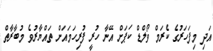
އަދި މިފަހަރުގެ ކެރަމް ވޯލްޑް ކަޕަށް އޭނާ ހުރީ ފުރިހަމައަށް ތައްޔާރުވެ މުބާރާތް